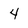
Character: 4